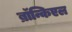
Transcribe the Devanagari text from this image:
ब्रॉन्किएल